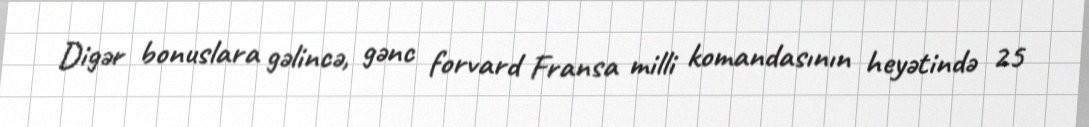
Digər bonuslara gəlincə, gənc forvard Fransa milli komandasının heyətində 25